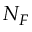
N _ { F }